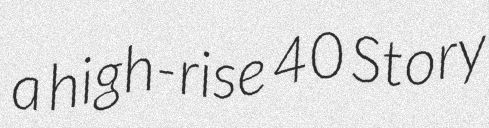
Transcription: a high-rise 40 Story